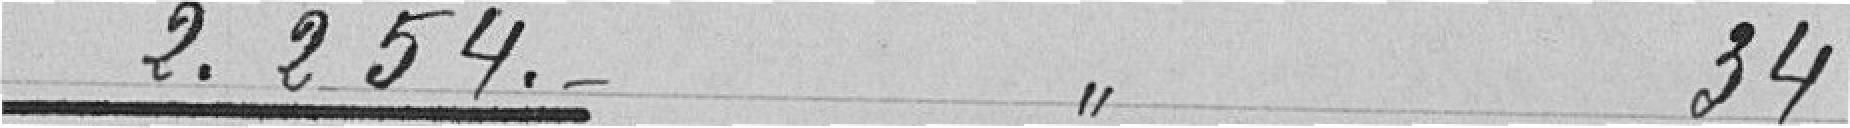
2.254 francs à l'article 34